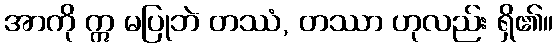
အာကို ဣ မပြုဘဲ တဿံ, တဿာ ဟုလည်း ရှိ၏။